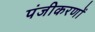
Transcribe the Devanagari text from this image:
पंजीकरणों